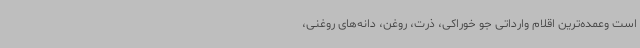
است وعمده‌ترین اقلام وارداتی جو خوراکی، ذرت، روغن، دانه‌های روغنی،